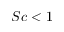
S c < 1